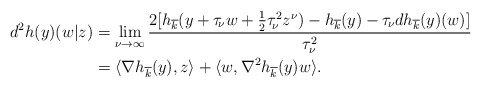
\begin{align*} d^2h(y)(w|z)&=\lim_{\nu\to \infty} \frac{2[h_{\overline{k}}(y+\tau_{\!\nu} w+\frac{1}{2}\tau_{\!\nu}^2 z^{\nu})-h_{\overline{k}}(y)-\tau_{\!\nu}dh_{\overline{k}}(y)(w)]} {\tau_{\nu}^2}\\ &=\langle\nabla h_{\overline{k}}(y),z\rangle+\langle w,\nabla^2h_{\overline{k}}(y)w\rangle. \end{align*}